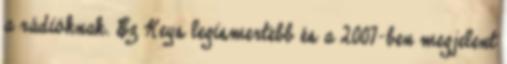
a rádióknak. Ez Keys legismertebb és a 2007-ben megjelent